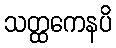
သတ္ထကေနပိ